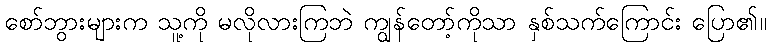
စော်ဘွားများက သူ့ကို မလိုလားကြဘဲ ကျွန်တော့်ကိုသာ နှစ်သက်ကြောင်း ပြော၏။